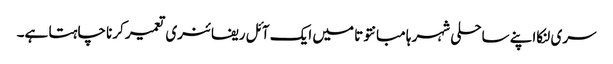
سری لنکااپنے ساحلی شہر ہامبانتوتا میں ایک آئل ریفائنری تعمیر کرنا چاہتا ہے۔